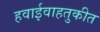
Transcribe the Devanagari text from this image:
हवाईवाहतुकीत